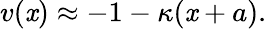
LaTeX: v(\mathit{x})\approx-1-\kappa(\mathit{x}+a).